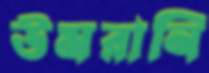
উমরানি